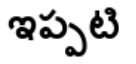
ఇప్పటి